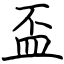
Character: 盃